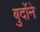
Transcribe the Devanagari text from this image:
बुर्दोने